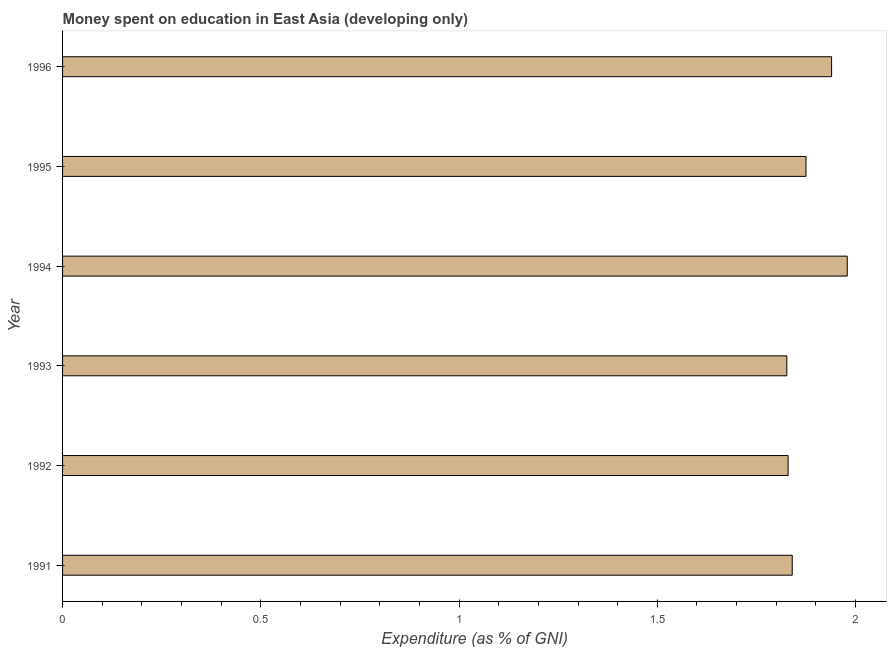
| Year | Education expenditure |
 | --- | --- |
 | 1991 | 1.84 |
 | 1992 | 1.83 |
 | 1993 | 1.83 |
 | 1994 | 1.98 |
 | 1995 | 1.87 |
 | 1996 | 1.94 |